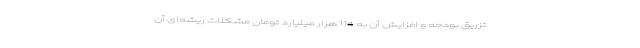
تزریق بودجه و افزایش آن به 114 هزار میلیارد تومان مشکلات ریشه‌ای آن